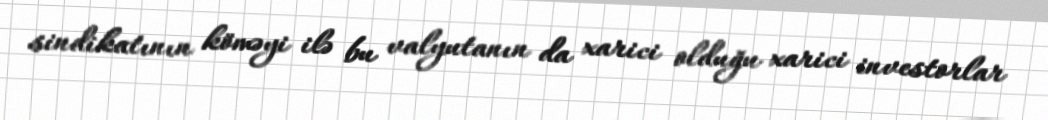
sindikatının köməyi ilə bu valyutanın da xarici olduğu xarici investorlar